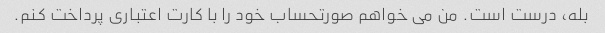
بله، درست است. من می خواهم صورتحساب خود را با کارت اعتباری پرداخت کنم.